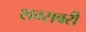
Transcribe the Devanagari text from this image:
शम्सबरी